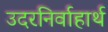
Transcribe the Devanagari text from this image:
उदरनिर्वाहार्थ